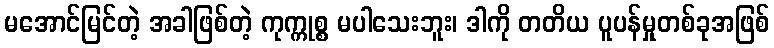
မအောင်မြင်တဲ့ အခါဖြစ်တဲ့ ကုက္ကုစ္စ မပါသေးဘူး၊ ဒါကို တတိယ ပူပန်မှုတစ်ခုအဖြစ်